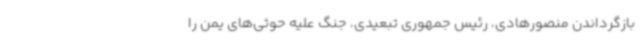
بازگرداندن منصورهادی، رئیس جمهوری تبعیدی، جنگ علیه حوثی‌های یمن را